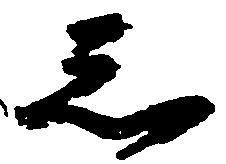
忩